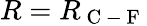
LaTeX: R=R_{\mathrm{~C~-~F~}}